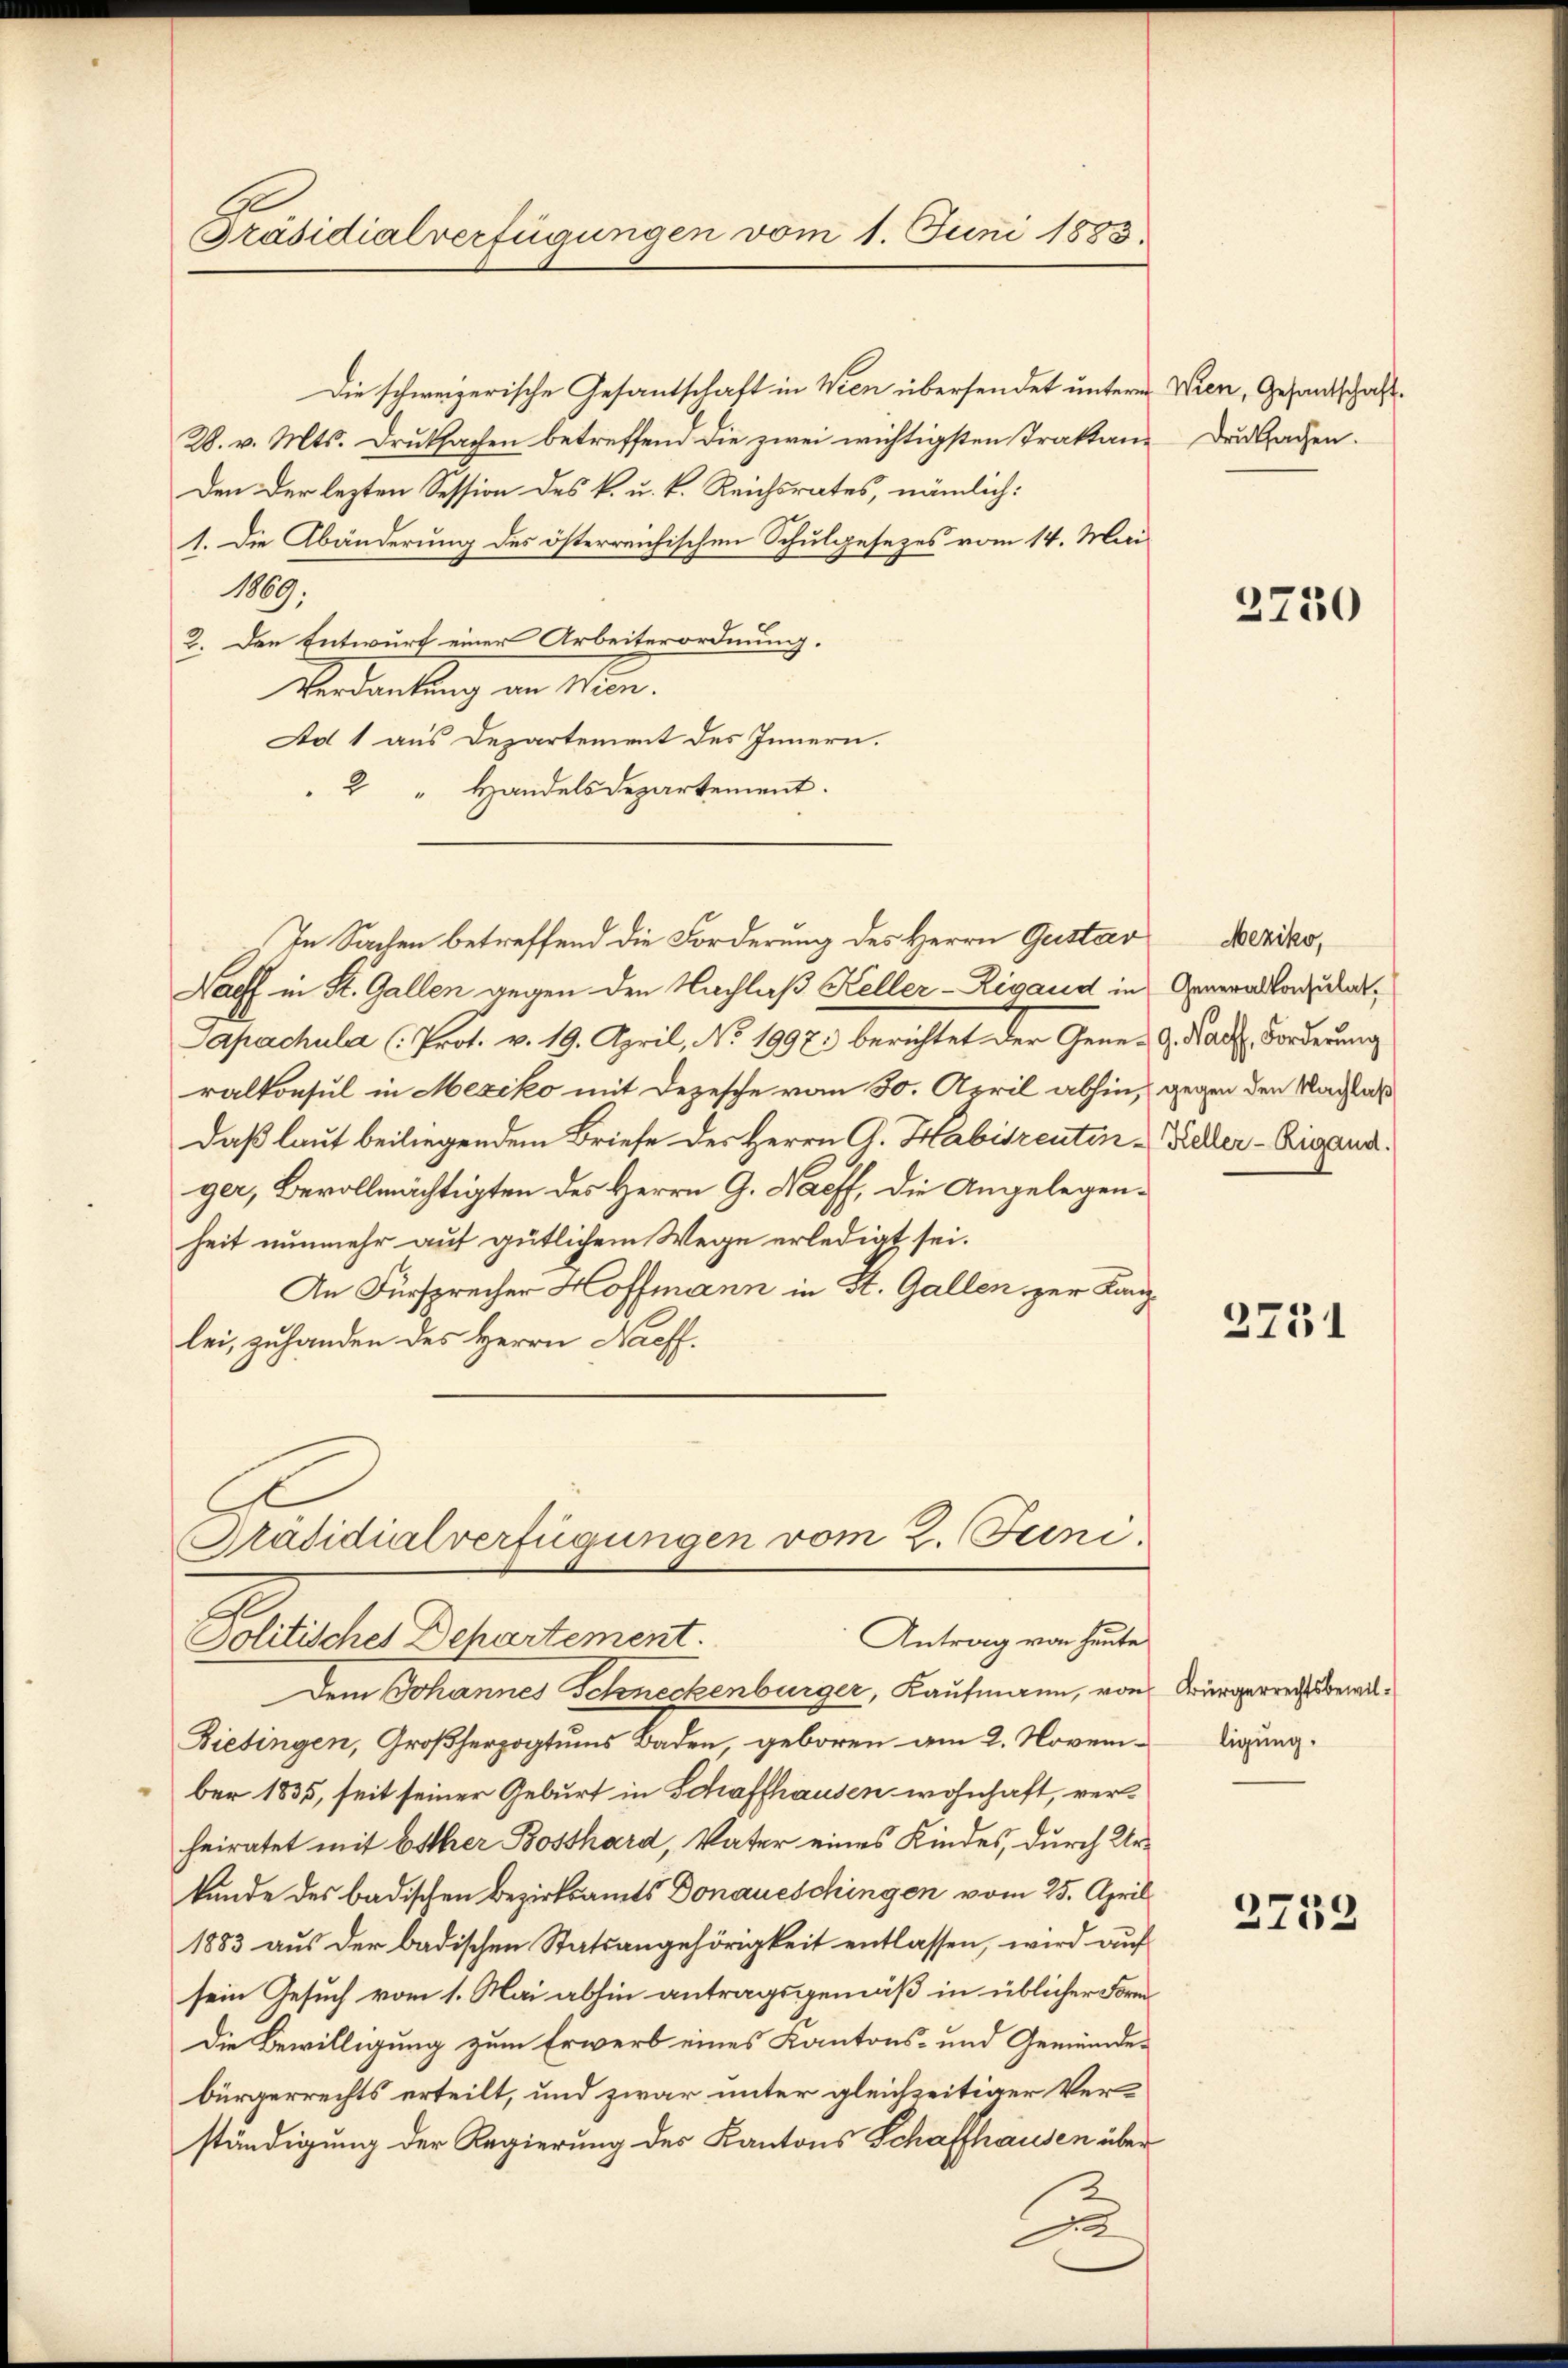
Präsidialverfügungen vom 1. Juni 1883.

28. v. Mts. Druksachen betreffend die zwei wichtigsten Traktan¬
Den der lezten Session des k. u. k. Reichsrates, nämlich:
1. Die Abänderung des österreichischen Schulgesezes vom 14. Mai
1869.
2. Den Entwurf einer Arbeiterordnung.
Verdankung in sehen.
Ad 1 aus Departement des Innern.
2 " Handelsdepartement.
In Sachen betreffend die Forderung des Herrn Gustar
Nacht in St. Gallen gegen den Nachlaß Keller-Rigand in Generallordat
Apachula (Prot. v. 19. April, No 1997. berichtet der Gener Kath. Forderung
ralkonsul in Mexiko mit Dezesche vom 30. April abhin, gegen den Nachlas
Daß laut beiliegendem Briefe des Herrn A. Habisrentinger, Bevollmächtigten des Herrn G. Haeff, die Angelegenheit nunmehr auf gütlichem Wege erledigt sei.
An Fürsprecher Hoffmann in St. Gallen zur Kanzlei, zuhanden des Herrn Haeff.
Präsidialverfügungen vom 2. Juni.

Die schweizerische Gesantschaft in Wien übersendet unterm Wien, Gesandtschaft

2
Antrag von heute
Politisches Dehartement.

Dem Johannes Schneckenburger, Kaufmann, von
Bietingen, Großherzogtums Baden, geboren am 2. November 1835, seit seiner Geburt in Schaffhausen wohnhaft, verheiratet mit Esther Bosthard, Vater eines Kindes, durch Urkunde des badischen Bezirksamts Donaueschingen vom 25. April
1883 aus der badischen Statsangehörigkeit entlassen, wird auf
sein Gesuch vom 1. Mai abhin antragsgemäß in üblicher Form
Die Bewilligung zum Erwerb eines Kantons- und Gemeindebürgerrechts erteilt, und zwar unter gleichzeitiger Ver
ständigung der Regierung des Kantons Schaffhausen über
A

Druksachen.

3750

Meziko,
Keller-Rigand.

2751

Bürgerrechtsbewilligung.

3753.